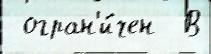
 огран'и́чен  В